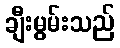
ချီးမွမ်းသည်